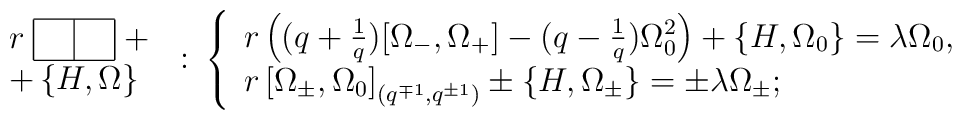
\!\!\!\!\!\! \begin{array}{l}r \; \begin{tabular}{|c|c|}\hline$\:$ & $\:$ \\\hline\end{tabular} \; + \\ + \left\{H,\Omega\right\}\end{array} \: : \:\left\{\begin{array}{l}r \left((q+\frac{1}{q}) [\Omega_{-},\Omega_{+}] -(q-\frac{1}{q})\Omega^{2}_{0}\right) +\left\{ H, \Omega_{0} \right\}  = \lambda \Omega_{0}  , \\r \left[ \Omega_{\pm}, \Omega_{0} \right]_{(q^{\mp 1},q^{\pm 1})}\pm\left\{ H , \Omega_{\pm} \right\} = \pm \lambda \Omega_{\pm}  ;\end{array}\right.